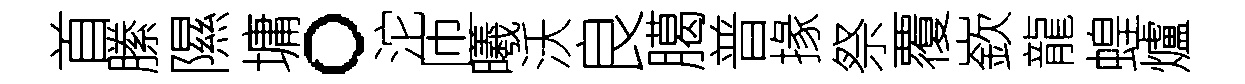
首縢隰墉。沱匝曦沃良臈普掾祭覆嶔龍蝗爐